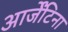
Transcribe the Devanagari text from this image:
आर्जेंटिना